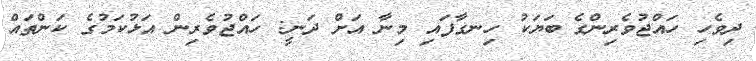
ދިވެހި ހައްޖުވެރިންގެ ބަޔަކު ހިނގާފައި މިނާ އަށް ދަނީ: ހައްޖުވެރިން އަޅުކަމުގެ ކަންތައް